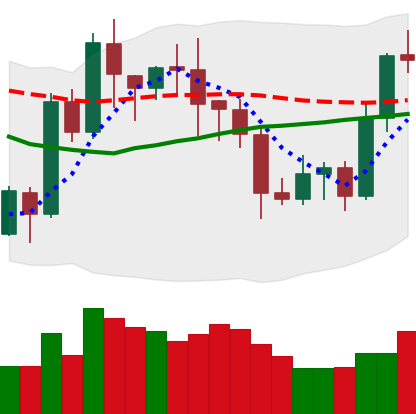
Ticker: LTC-USD
Chart end date: 2020-07-23
Forward return: 23.913%
Label: up_7plus